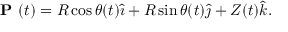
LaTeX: { \textbf { P } } ( t ) = R \cos \theta ( t ) { \hat { \imath } } + R \sin \theta ( t ) { \hat { \jmath } } + Z ( t ) { \hat { k } } .